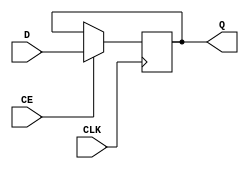
module myDFFNE (output reg Q, input D, CLK, CE);
	parameter [0:0] INIT = 1'b0;
	initial Q = INIT;
	always @(negedge CLK) begin
		if (CE)
			Q <= D;
	end
endmodule